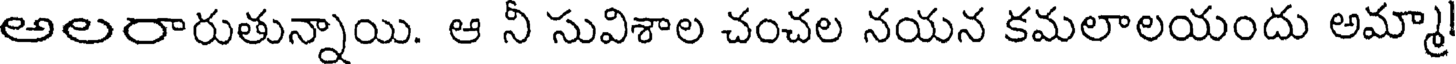
అలరారుతున్నాయి. ఆ నీ సువిశాల చంచల నయన కమలాలయందు అమ్మా